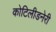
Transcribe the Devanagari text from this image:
कोटिलीडनेरी